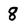
Character: 8